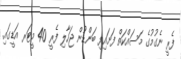
ފެރީ ނެގުމުގެ މަސައްކަތް ފަށައިފި ބަންޑުން ޖަހާލި ފެރީ 40 މީޓަރ އަޑީގައި.